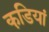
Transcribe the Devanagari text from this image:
कडि़यां